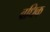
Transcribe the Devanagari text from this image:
वधिक